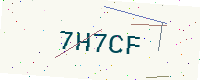
Text: 7H7CF